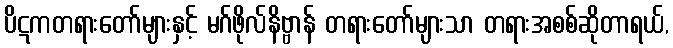
ပိဋကတရားတော်များနှင့် မဂ်ဖိုလ်နိဗ္ဗာန် တရားတော်များသာ တရားအစစ်ဆိုတာရယ်,